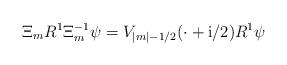
LaTeX: \begin{align*} \Xi_m R^1\Xi_m^{-1}\psi =V_{|m|- 1/2}(\cdot +\mathrm i/2)R^1\psi\end{align*}